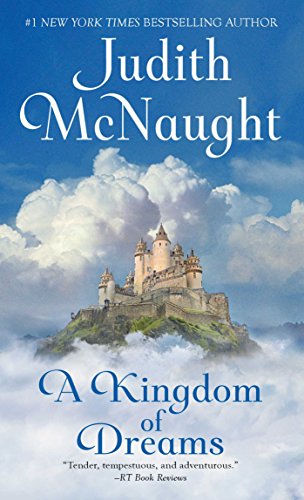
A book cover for A Kingdom of Dreams; Judith McNaught; Romance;